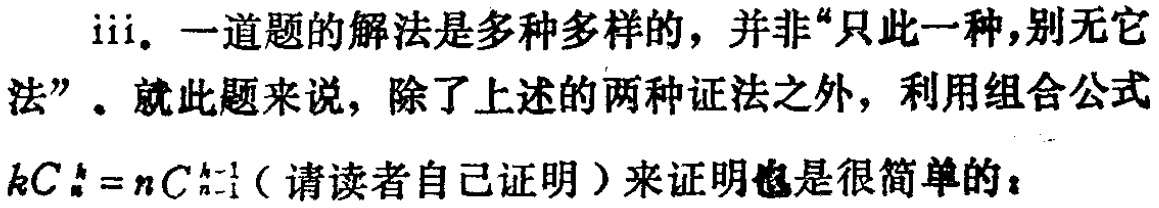
iii. 一道题的解法是多种多样的，并非“只此一种,别无它法”。就此题来说，除了上述的两种证法之外，利用组合公式$kC_{n}^{k}=nC_{n - 1}^{k - 1}$（请读者自己证明）来证明也是很简单的：